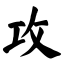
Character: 攻